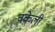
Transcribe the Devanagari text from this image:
वकेली